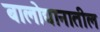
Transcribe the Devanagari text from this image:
बालोद्यानातील